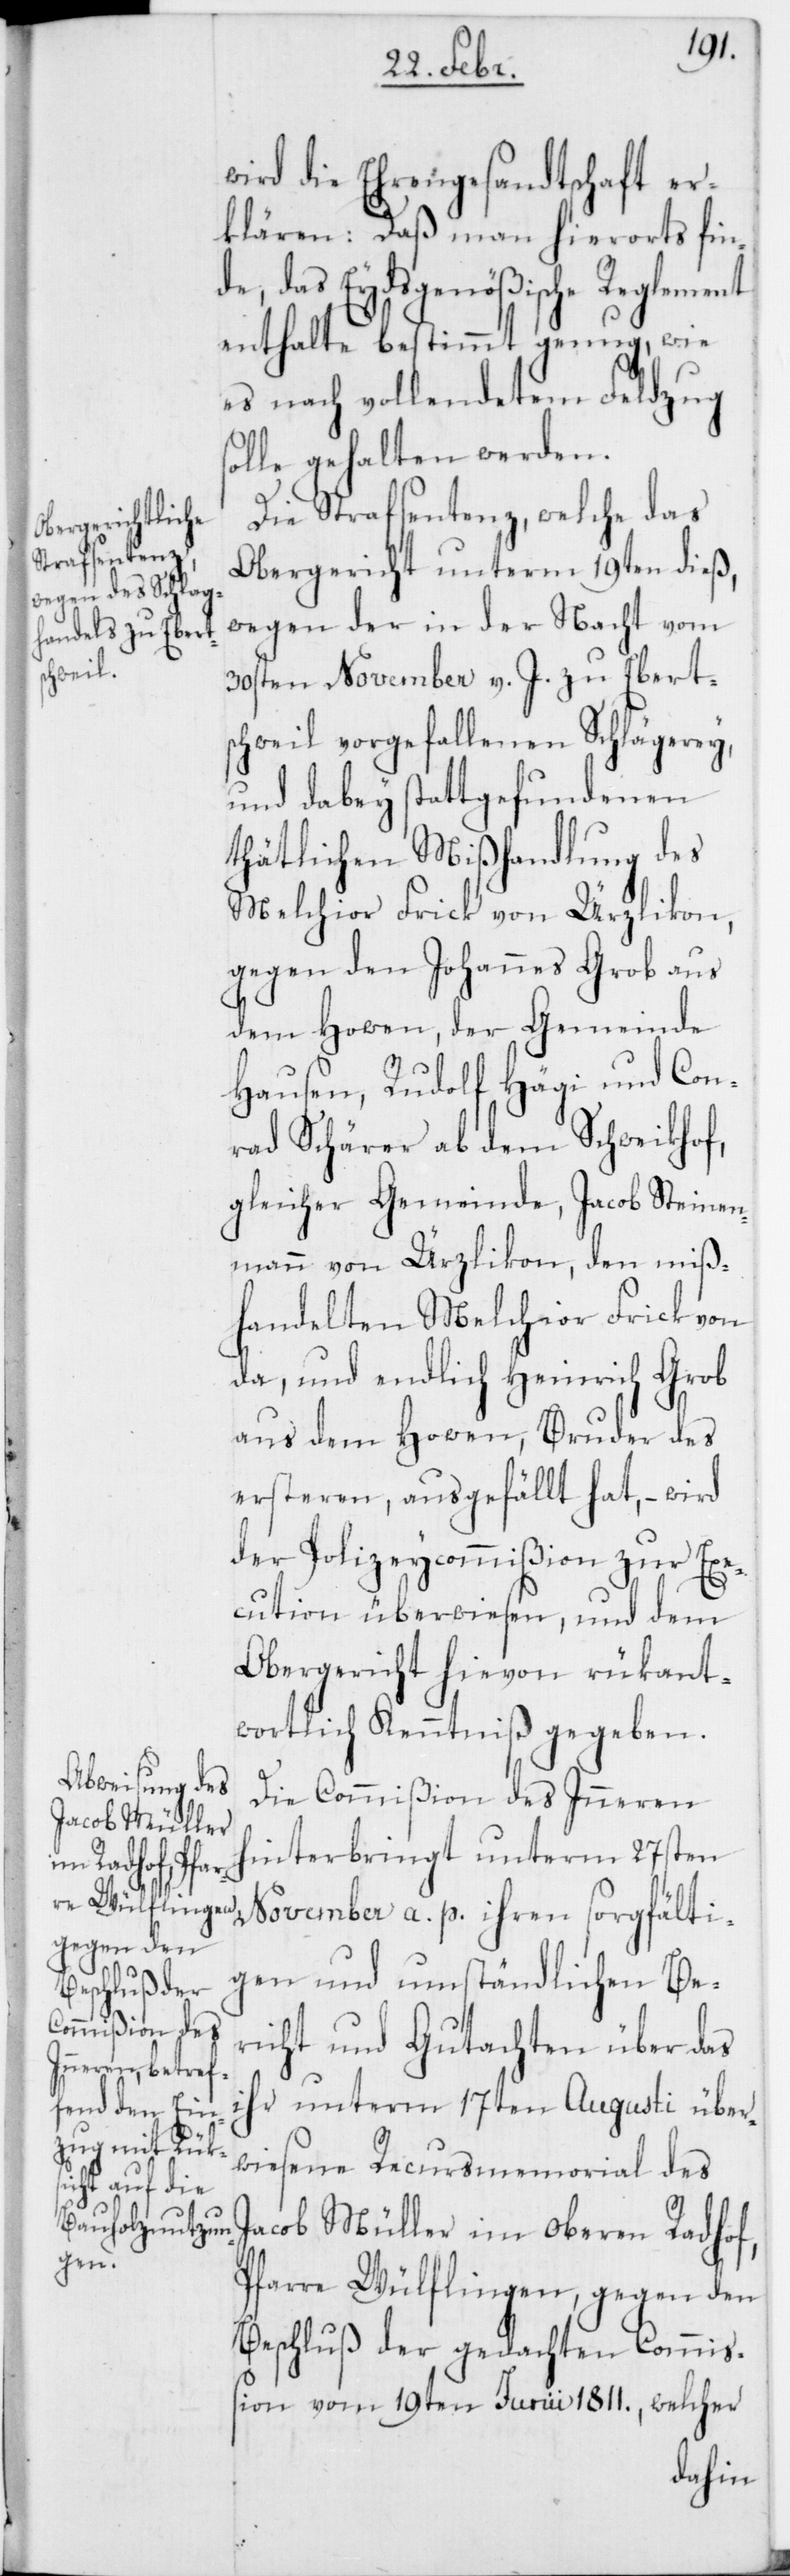
wird die Ehrengesandtschaft er¬
klären: Daß man hierorts fin¬
de, das Eydsgenößische Reglement
enthalte bestimmt genug, wie
es nach vollendetem Feldzug
solle gehalten werden.
Die Strafsentenz, welche das
Obergericht unterm 19ten dieß,
wegen der in der Nacht vom
30sten November v. J. zu Eberts¬
chweil vorgefallenen Schlägerey,
und dabey stattgefundenen
thätlichen Mißhandlung des
Melchior Frick von Ürzlikon,
gegen den Johannes Grob aus
dem Howen, der Gemeinde
Hausen, Rudolf Hägi und Con¬
rad Schärer ab dem Schweikhof,
gleicher Gemeinde, Jacob Steinen¬
mann von Ürzlikon, den miß¬
handelten Melchior Frick von
da, und endlich Heinrich Grob
aus dem Howen, Bruder des
ersteren, ausgefällt hat, – wird
der Polizeycommißion zur Exe¬
cution überwiesen, und dem
Obergericht hievon rükant¬
wortlich Kenntniß gegeben.
Die Commißion des Inneren
hinterbringt unterm 27sten
November a. p. ihren sorgfälti¬
gen und umständlichen Be¬
richt und Gutachten über das
ihr unterm 17ten Augusti über¬
wiesene Recursmemorial des
Jacob Müller im oberen Radhof,
Pfarre Wülflingen, gegen den
Beschluß der gedachten Commiß¬
ion vom 19ten Junii 1811., welcher